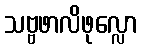
သဗ္ဗဖာလိဖုလ္လော